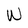
Character: W